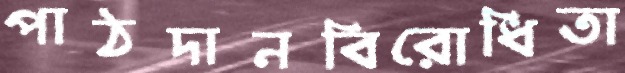
পাঠদানবিরোধিতা